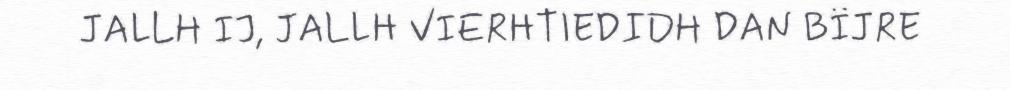
JALLH IJ, JALLH VIERHTIEDIDH DAN BÏJRE